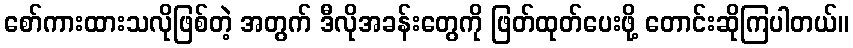
စော်ကားထားသလိုဖြစ်တဲ့ အတွက် ဒီလိုအခန်းတွေကို ဖြတ်ထုတ်ပေးဖို့ တောင်းဆိုကြပါတယ်။